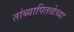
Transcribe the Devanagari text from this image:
तांब्यापितळेच्या